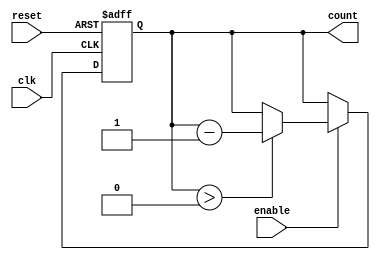
module down_counter #(
    parameter N = 15 // Parameter for maximum value (adjust as needed)
) (
    input wire clk,      // Clock input
    input wire enable,   // Enable signal
    input wire reset,    // Asynchronous reset signal
    output reg [N:0] count // Current count value
);

    // Asynchronous reset
    always @(posedge clk or posedge reset) begin
        if (reset) begin
            count <= N; // Reset to maximum value N
        end else if (enable) begin
            if (count > 0) begin
                count <= count - 1; // Decrement the counter
            end
        end
        // If enable is low, the count value holds (no else needed)
    end

endmodule